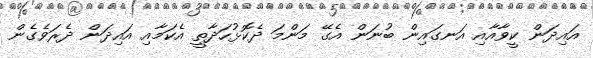
އައިދަން ކީވާއާއި އަނގައިން ބުނަން އެގޭ މަންމަ ދެކޮޅުހަދާތީ އެކަމާއި އައިދަން ދެރަވެގެން